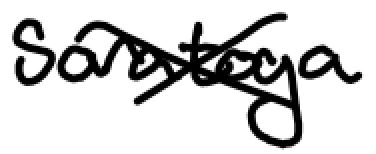
Text: Saratoga
Cross-out: cross
Writing tool: digital_black